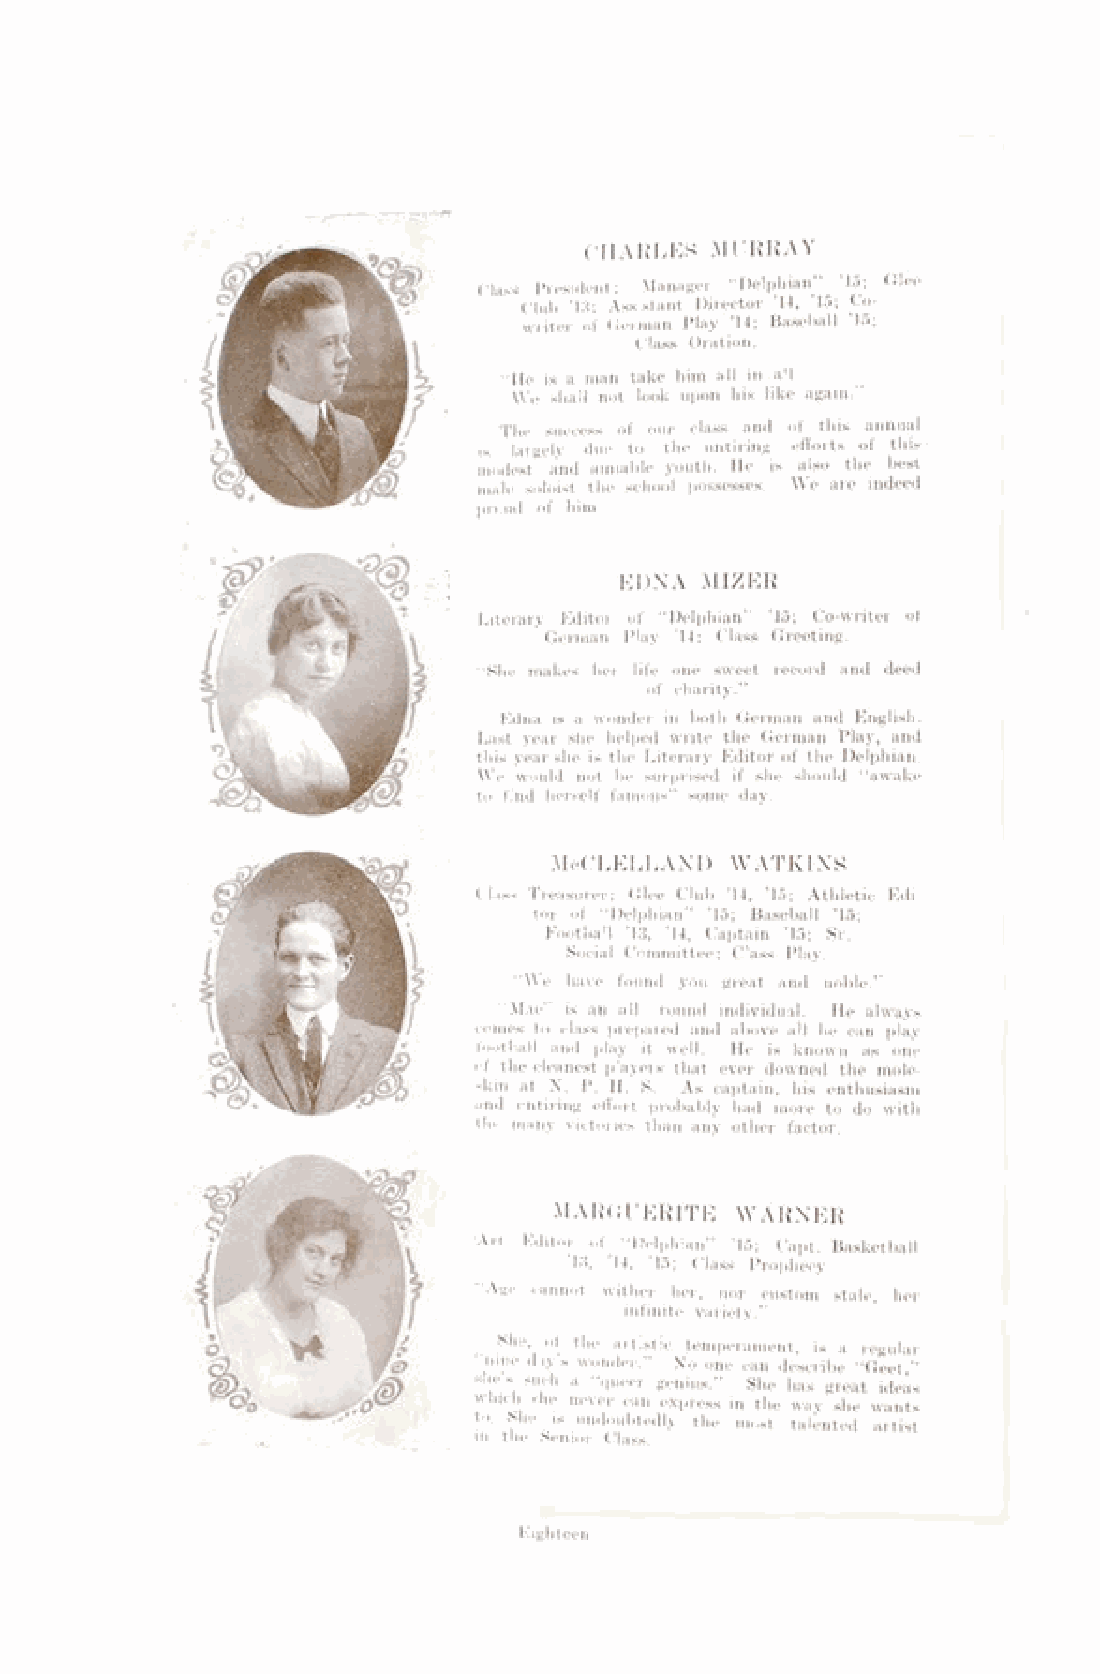
CHARLES MURRAY
 Class- President; Manager “Delphian” ’15; Glee
 Club ’13; Assistant Director ’14, ’15; Co-
 writer of German Play ’14; Baseball ’15;
 Class Oration.
 “He is a man take him all in all
 We shall not look upon his like again.”
 The success of our class and of this annual
 is largely due to the untiring efforts of this
 modest and amiable youth. He is also the best
 male soloist the school possesses. We are indeed
 proud of him.
 EDNA MIZER
 Literary Editor of “Delphian” ’15; Co-writer of
 German Play ’14; Class Greeting.
 “She makes her life one sweet record and deed
 of charity.”
 Edna is a wonder in both German and English.
 Last year she helped write the German Play, and
 this year she is the Literary Editor of the Delphian.
 We would not be surprised if she should “awake
 to find herself famous” some day.
 McClelland  w atkins
 Class Treasurer; Glee Club ’14, ’15; Athletic Edi­
 tor of “Delphian” ’15; Baseball ’15;
 Football ’13, 14, Captain ’15; Sr.
 Social Committee; Class Play.
 “We have found you great and noble.”
 “Mac’ is an all round individual. He always
 comes to class prepared and above all he can play
 lootball and play it well. He is known as one
 of the cleanest p'ayers that ever downed the mole­
 skin at N. P. H. S. As captain, his enthusiasm
 and untiling effort probably had more to do with
 the many victories than any other factor.
 MARCi UERITE WARNER
 'Art Editor of^ “Delphian” ’15; Capt. Basketball
 13, 14, ’15; Class Prophecy
 Age cannot wither her, nor custom stale, her
 infinite variety.”
 She, of the artistic temperament, is a regular
 “nine day’s wonder.” No one can describe “Geet,”
 she s such a “queer genius.” She has great ideas
 which she never can express in the way she wants
 to. She is undoubtedly the most talented artist
 in the Senior Class.
 Eighteen